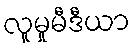
လူမှုမီဒီယာ